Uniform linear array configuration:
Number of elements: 24
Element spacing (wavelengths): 0.5
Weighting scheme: hamming
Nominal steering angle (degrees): -15
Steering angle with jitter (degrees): -16.524
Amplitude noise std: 0.05
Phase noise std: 0.05

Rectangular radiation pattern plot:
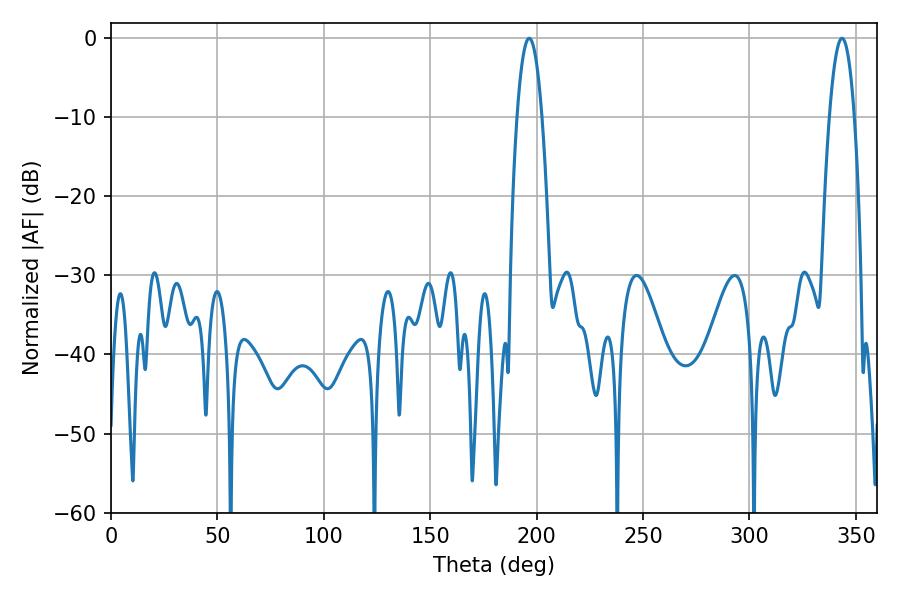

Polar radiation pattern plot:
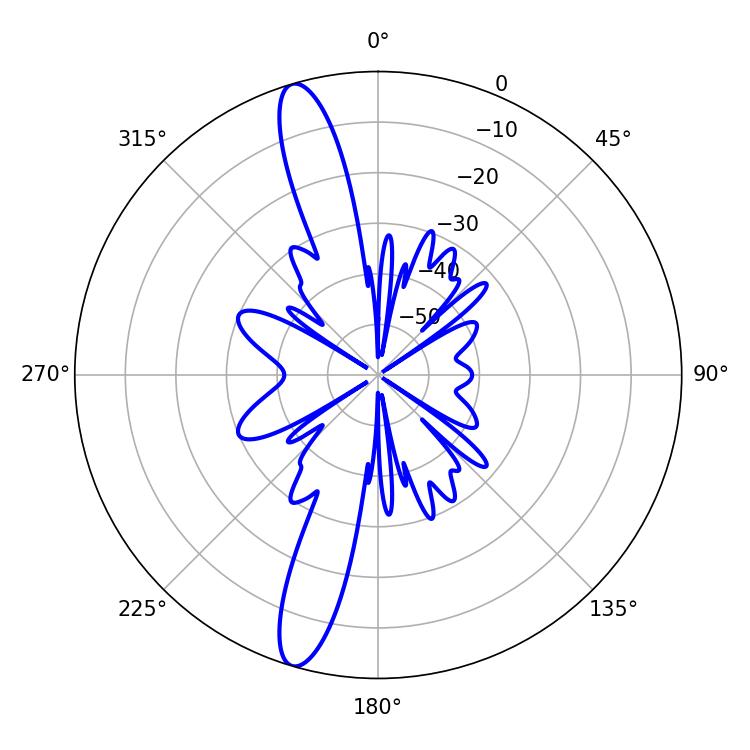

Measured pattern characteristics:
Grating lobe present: FALSE
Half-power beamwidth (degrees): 6.48
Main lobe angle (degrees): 196.56